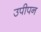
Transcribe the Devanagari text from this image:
उपीपन